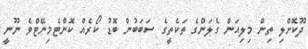
ދޫކޮށްލި ތިން މިލިއަން ގެލަންގެ ތަކެތީގެ ސަބަބުން ބޮޑު ކޯރެއް ކޮންޓެމިނޭޓްވެ ނޫނީ